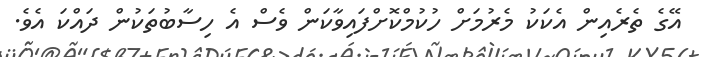
އޭގެ ތެރެއިން އެކަކު މެރުމަށް ހުކުމްކޮށްފައިވާކަން ވެސް އެ ހިސާބުތަކުން ދައްކަ އެވެ.